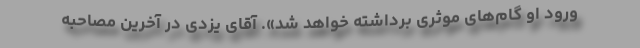
ورود او گام‌های موثری برداشته خواهد شد». آقای یزدی در آخرین مصاحبه